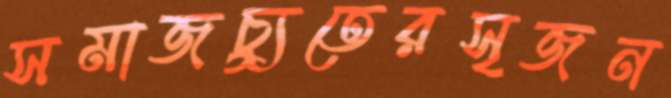
সমাজচ্যুতেরসৃজন